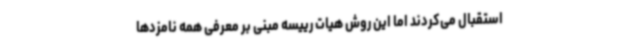
استقبال می‌کردند اما این روش هیات رییسه مبنی بر معرفی همه نامزدها